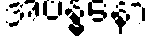
အဗန္ဓနော